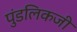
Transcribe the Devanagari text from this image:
पुंडलिकजी